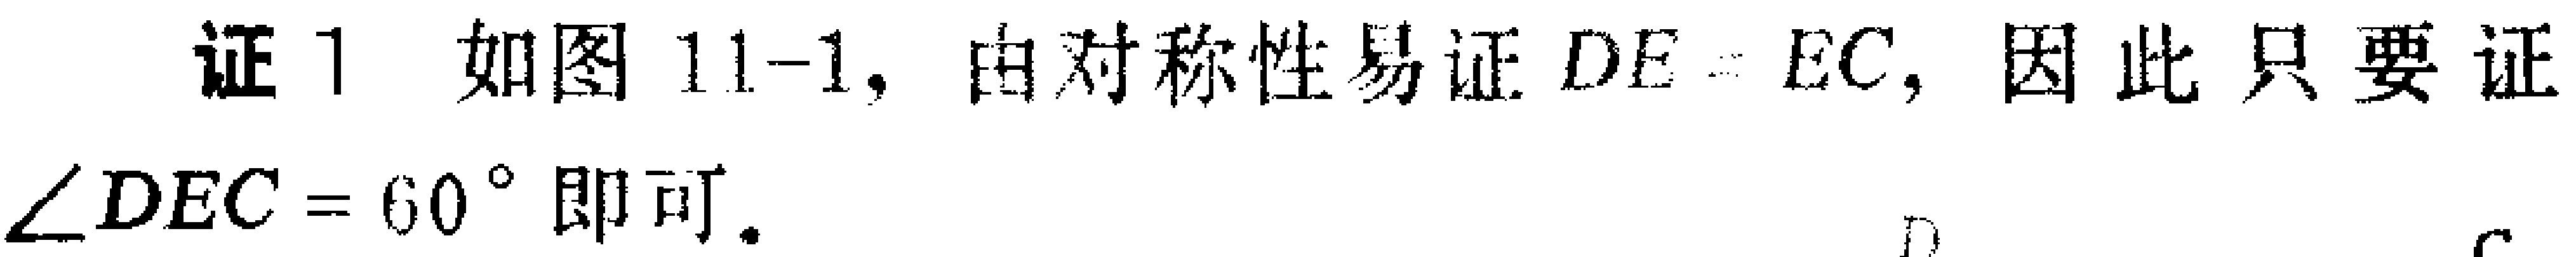
证1 如图11-1, 由对称性易证\(DE = EC\), 因此只要证\(\angle DEC = 60^{\circ}\)即可.